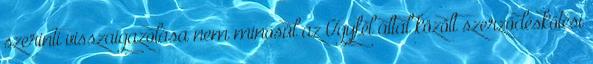
szerinti visszaigazolása nem minősül az Ügyfél által közölt szerződéskötési